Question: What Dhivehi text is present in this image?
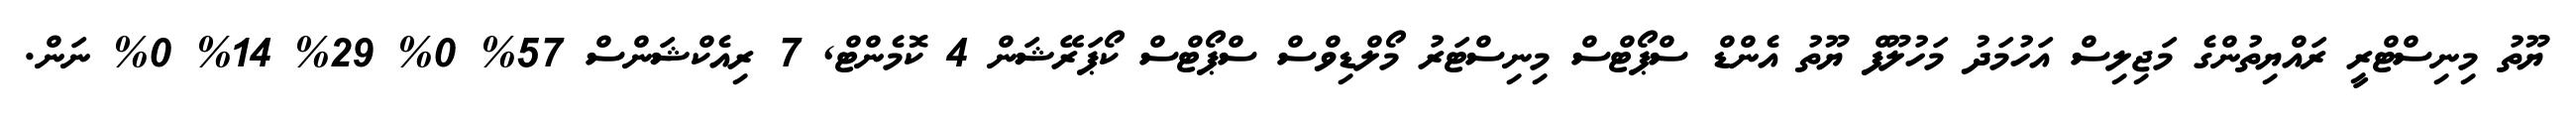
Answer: ޔޫތު މިނިސްޓްރީ ރައްޔިތުންގެ މަޖިލިސް އަހުމަދު މަހުލޫފް ޔޫތު އެންޑް ސްޕޯޓްސް މިނިސްޓަރު މޯލްޑިވްސް ސްޕޯޓްސް ކޯޕަރޭޝަން 4 ކޮމެންޓް, 7 ރިއެކްޝަންސް 57% 0% 29% 14% 0% ނަން.